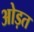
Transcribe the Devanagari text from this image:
ओड़त